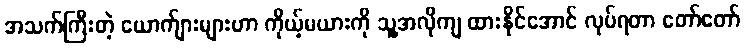
အသက်ကြီးတဲ့ ယောက်ျားများဟာ ကိုယ့်မယားကို သူ့အလိုကျ ထားနိုင်အောင် လုပ်ရတာ တော်တော်